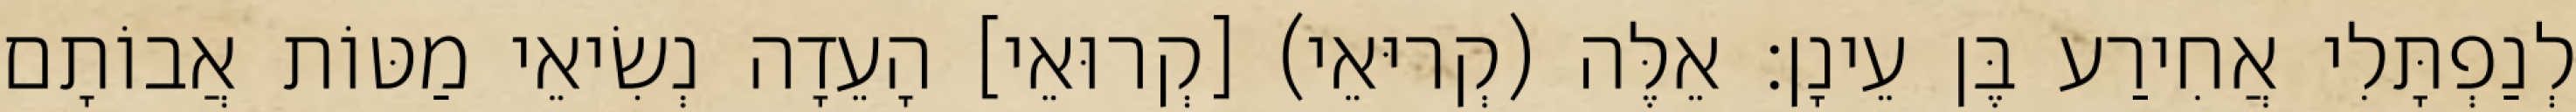
לְנַפְתָּלִי אֲחִירַע בֶּן עֵינָן׃ אֵלֶּה (קְריּאֵי) [קְרוּאֵי] הָעֵדָה נְשִׂיאֵי מַטּוֹת אֲבוֹתָם